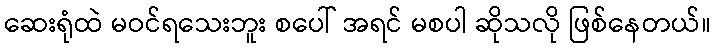
ဆေးရုံထဲ မဝင်ရသေးဘူး စပေါ် အရင် မစပါ ဆိုသလို ဖြစ်နေတယ်။